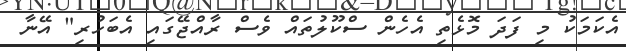
އެކަމަކު މި ފަދަ މޮޅެތި އެހެން ސްކޫލުތައް ވެސް ރާއްޖޭގައި އެބަހުރި" އޭނާ